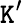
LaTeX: \mathtt{K}^{\prime}